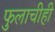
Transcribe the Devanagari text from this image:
फुलाचीही